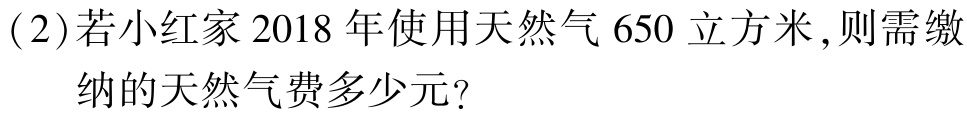
(2)若小红家2018年使用天然气650立方米,则需缴

   纳的天然气费多少元?